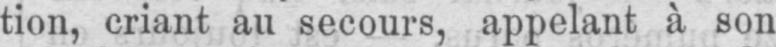
tion, criant au secours, appelant à son